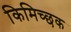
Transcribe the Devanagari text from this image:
किमिच्छक